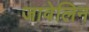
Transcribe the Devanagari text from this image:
जावेलिन